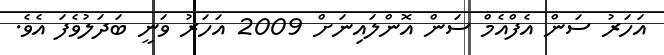
އަހަރު ސަން އެފްއެމް ސަން އޮންލައިނަށް 2009 އަހަރު ވަނީ ބަދަލުވެފަ އެވެ.